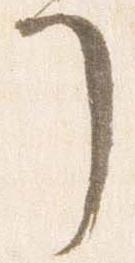
了